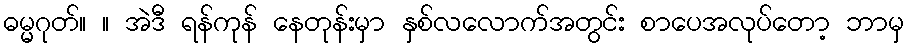
ဓမ္မဂုတ်။ ။ အဲဒီ ရန်ကုန် နေတုန်းမှာ နှစ်လလောက်အတွင်း စာပေအလုပ်တော့ ဘာမှ